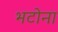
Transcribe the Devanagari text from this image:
भटोना